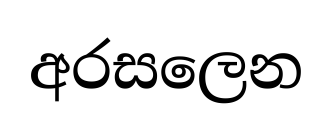
අරසලෙන